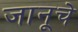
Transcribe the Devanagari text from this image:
जानूचे